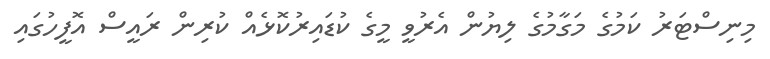
މިނިސްޓަރު ކަމުގެ މަގާމުގެ ލިޔުން އެރުވީ މީގެ ކުޑައިރުކޮޅެއް ކުރިން ރައީސް އޮފީހުގައި